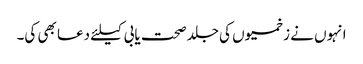
انہوں نے زخمیوں کی جلد صحت یابی کیلئے دعا بھی کی۔